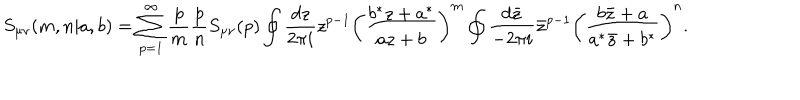
LaTeX: S _ { \mu \nu } ( m , n | a , b ) = \sum _ { p = 1 } ^ { \infty } \frac { p } { m } \frac { p } { n } S _ { \mu \nu } ( p ) \oint \frac { d z } { 2 \pi i } z ^ { p - 1 } \left( \frac { b ^ { * } z + a ^ { * } } { a z + b } \right) ^ { m } \oint \frac { d \bar { z } } { - 2 \pi i } { \bar { z } } ^ { p - 1 } \left( \frac { b \bar { z } + a } { a ^ { * } \bar { z } + b ^ { * } } \right) ^ { n } .